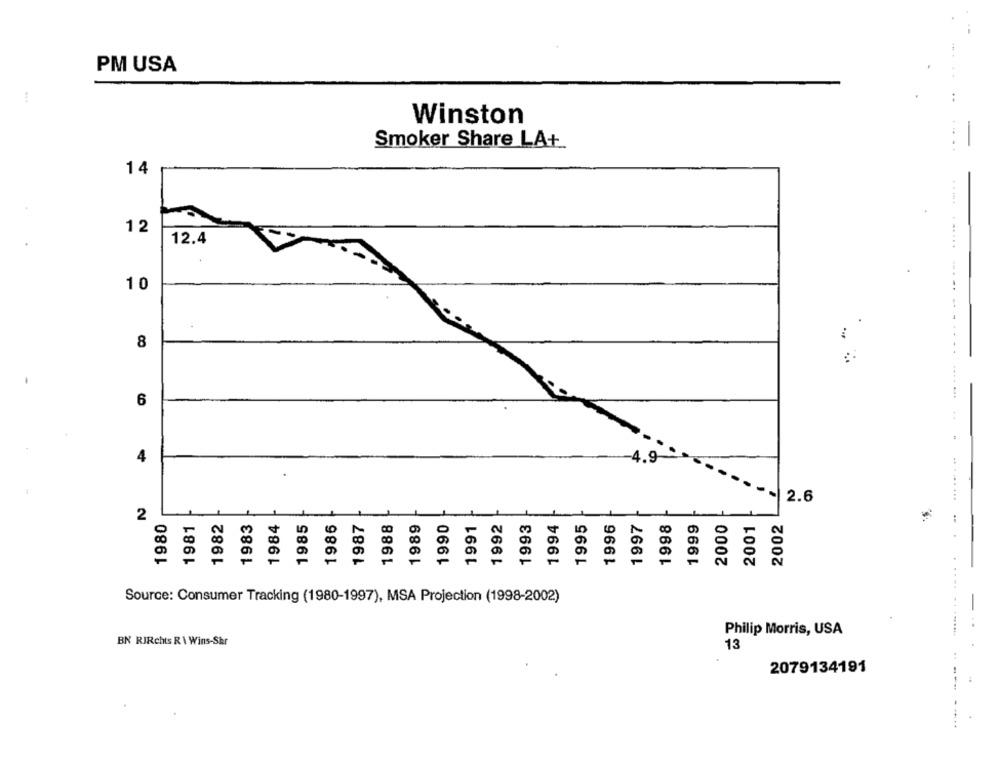
PM USA
Winston
Smoker Share LA+
...... .....
14
-
12
12.4
------
10
8
6
........
4
4.9
2.6
2
1980
1981
1982
1983
1984
1985
1986
1987
1988
1989
1990
1991
1992
1993
1994
1995
1996
1997
1998
1999
2000
2001
2002
Source: Consumer Tracking (1980-1997), MSA Projection (1998-2002)
Philip Morris, USA
BN RIRchts R \ Wins-Shr
13
2079134191